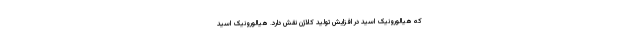
که هیالورونیک اسید در افزایش تولید کلاژن نقش دارد. هیالورونیک اسید